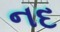
નદ